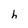
Character: h